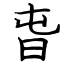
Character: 旾